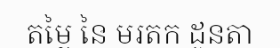
តម្លៃ នៃ មរតក ដូនតា